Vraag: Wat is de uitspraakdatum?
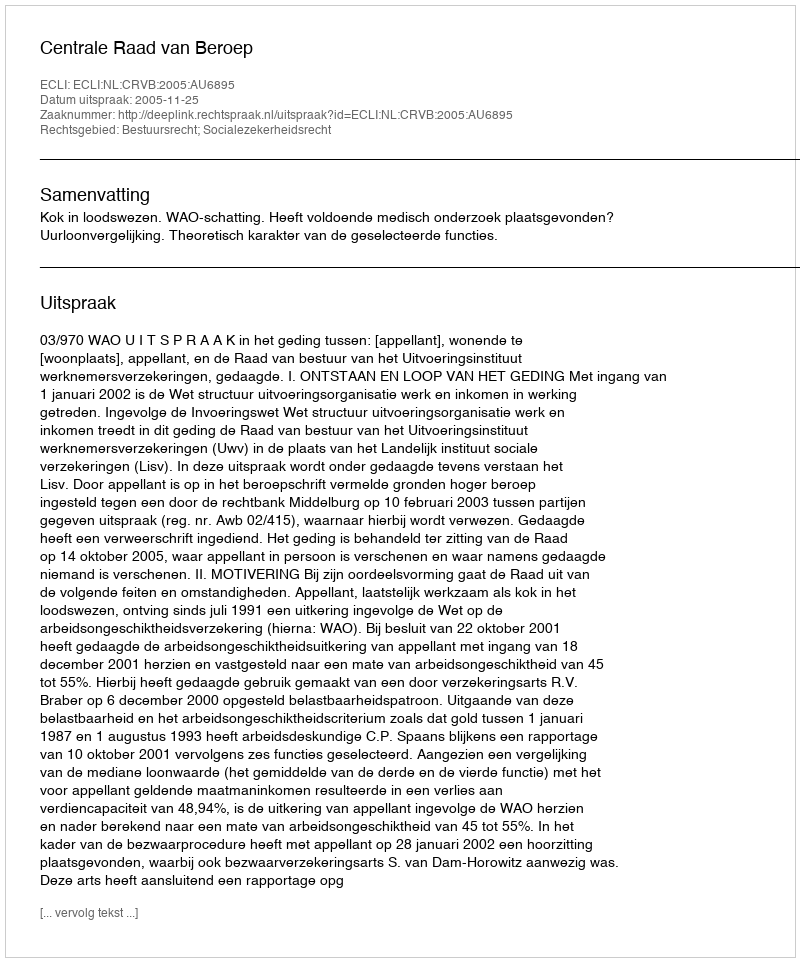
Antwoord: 2005-11-25